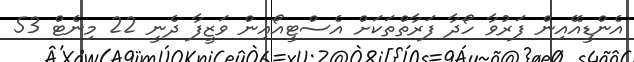
އެންޑީއޭއިން ފަރުވާ ހޯދާ ފަރާތްތަކަށް އެސްޓީއޯއިން ވަޒީފާ ދެނީ 22 މިނެޓް 53